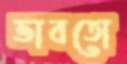
ভাবতো